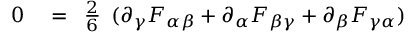
\begin{array} { r l } { 0 } & { { } = { \begin{array} { l } { { \frac { 2 } { 6 } } } \end{array} } ( \partial _ { \gamma } F _ { \alpha \beta } + \partial _ { \alpha } F _ { \beta \gamma } + \partial _ { \beta } F _ { \gamma \alpha } ) } \end{array}